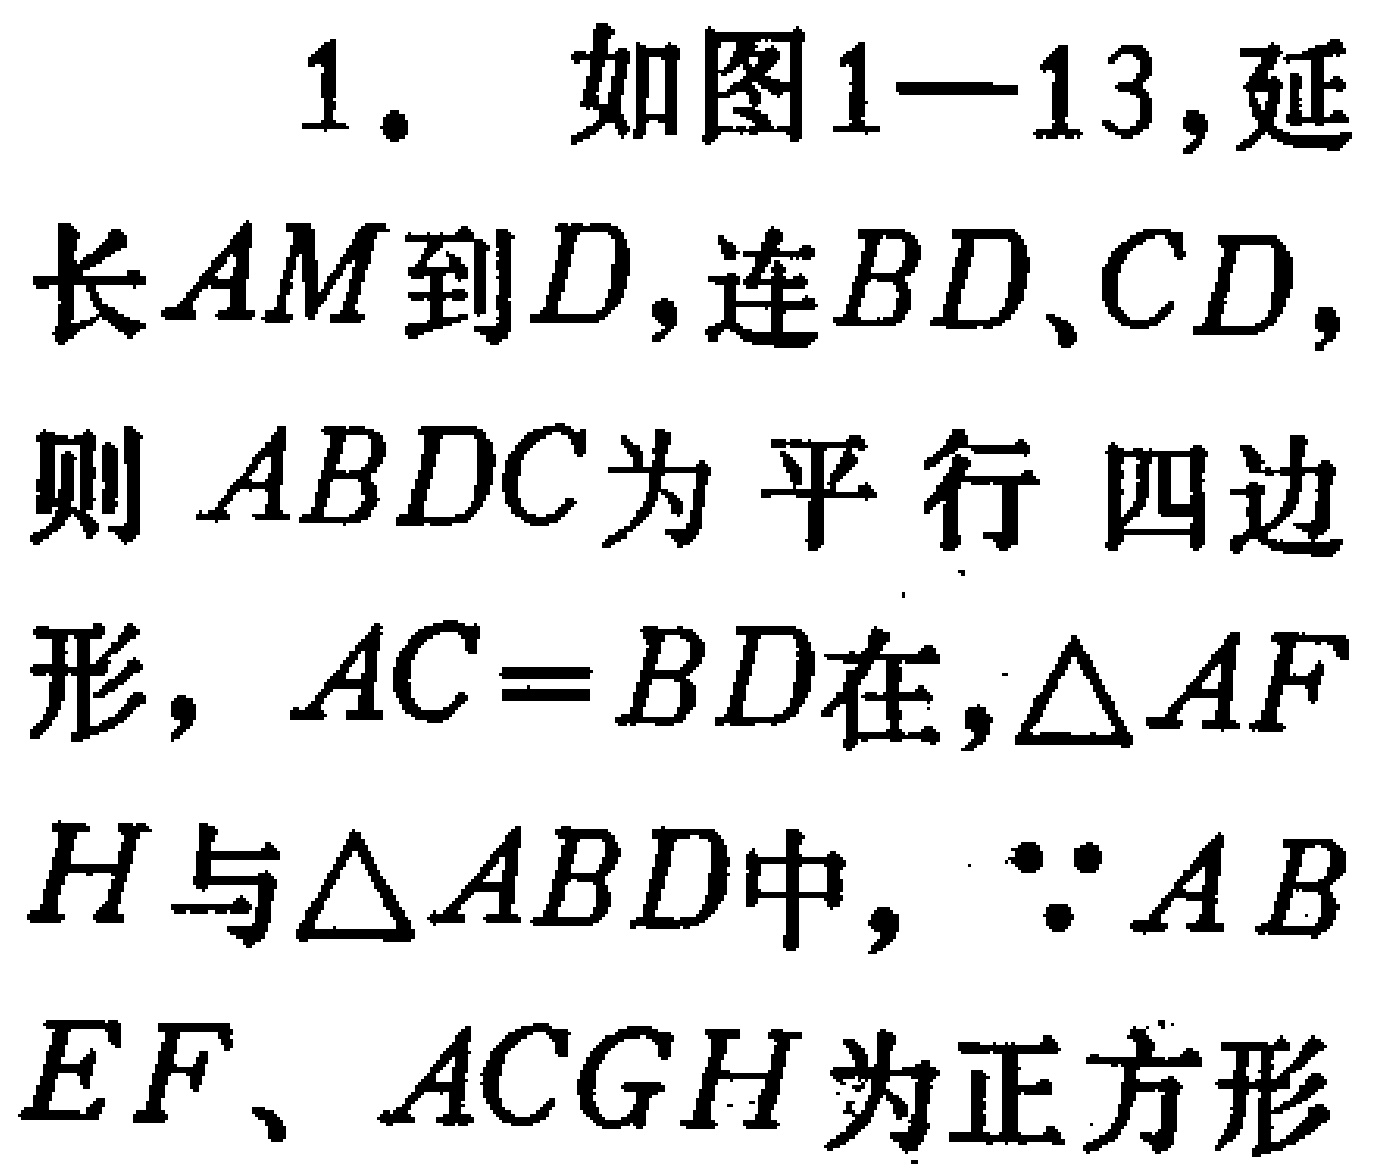
1. 如图1—13, 延长 \(AM\) 到 \(D\), 连 \(BD\)、\(CD\), 则 \(ABDC\) 为平行四边形, \(AC = BD\)在,\(\triangle AFH\) 与 \(\triangle ABD\) 中, \(\because AB\) \(EF\)、\(ACGH\) 为正方形